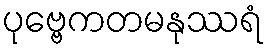
ပုဗ္ဗေကတမနုဿရံ